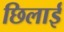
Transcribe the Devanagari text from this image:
छिलाई